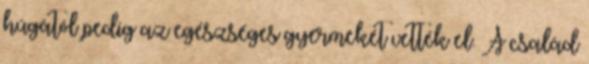
húgától pedig az egészséges gyermekét vették el. A család